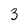
Character: 3